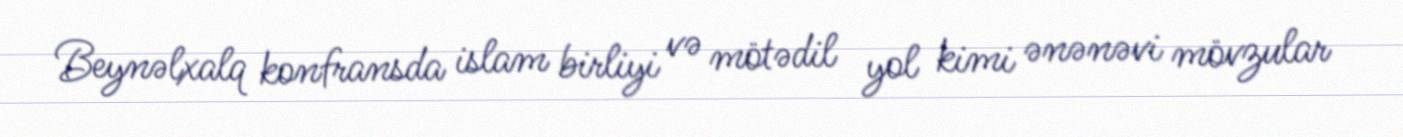
Beynəlxalq konfransda islam birliyi və mötədil yol kimi ənənəvi mövzular